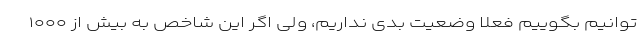
توانیم بگوییم فعلا وضعیت بدی نداریم، ولی اگر این شاخص به بیش از ۱۰۰۰